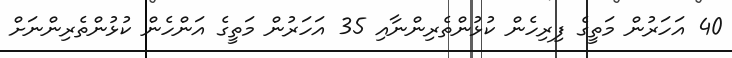
40 އަހަރުން މަތީގެ ފިރިހެން ކުޅުންތެރިންނާއި 35 އަހަރުން މަތީގެ އަންހެން ކުޅުންތެރިންނަށް